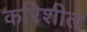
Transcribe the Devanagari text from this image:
करिशील